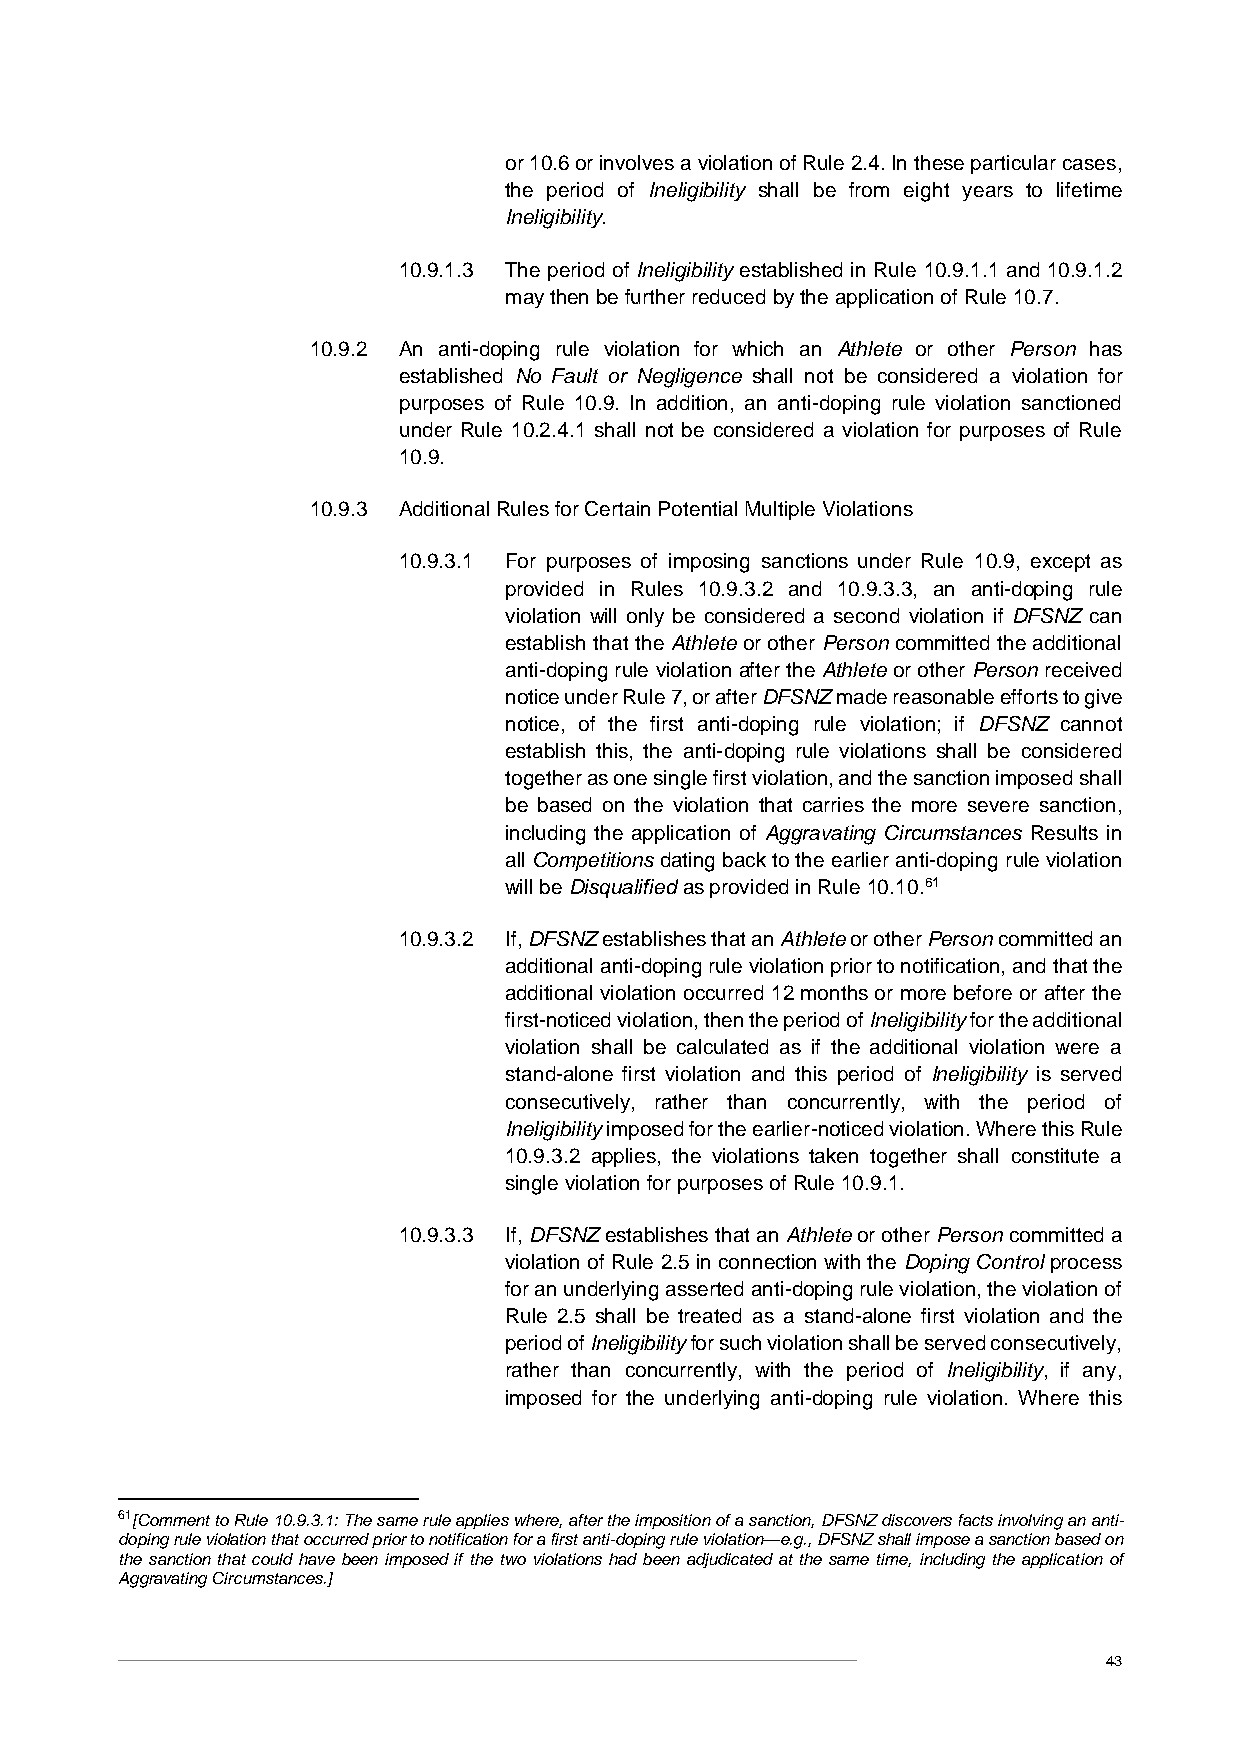
or 10.6 or involves a violation of Rule 2.4. In these particular cases,
 the period of Ineligibility shall be from eight years to lifetime
 Ineligibility.
 10.9.1.3 The period of Ineligibility established in Rule 10.9.1.1 and 10.9.1.2
 may then be further reduced by the application of Rule 10.7.
 10.9.2 An anti-doping rule violation for which an Athlete or other Person has
 established No Fault or Negligence shall not be considered a violation for
 purposes of Rule 10.9. In addition, an anti-doping rule violation sanctioned
 under Rule 10.2.4.1 shall not be considered a violation for purposes of Rule
 10.9.
 10.9.3 Additional Rules for Certain Potential Multiple Violations
 10.9.3.1 For purposes of imposing sanctions under Rule 10.9, except as
 provided in Rules 10.9.3.2 and 10.9.3.3, an anti-doping rule
 violation will only be considered a second violation if DFSNZ can
 establish that the Athlete or other Person committed the additional
 anti-doping rule violation after the Athlete or other Person received
 notice under Rule 7, or after DFSNZ made reasonable efforts to give
 notice, of the first anti-doping rule violation; if DFSNZ cannot
 establish this, the anti-doping rule violations shall be considered
 together as one single first violation, and the sanction imposed shall
 be based on the violation that carries the more severe sanction,
 including the application of Aggravating Circumstances Results in
 all Competitions dating back to the earlier anti-doping rule violation
 will be Disqualified as provided in Rule 10.10.61
 10.9.3.2 If, DFSNZ establishes that an Athlete or other Person committed an
 additional anti-doping rule violation prior to notification, and that the
 additional violation occurred 12 months or more before or after the
 first-noticed violation, then the period of Ineligibility for the additional
 violation shall be calculated as if the additional violation were a
 stand-alone first violation and this period of Ineligibility is served
 consecutively, rather than concurrently, with the period of
 Ineligibility imposed for the earlier-noticed violation. Where this Rule
 10.9.3.2 applies, the violations taken together shall constitute a
 single violation for purposes of Rule 10.9.1.
 10.9.3.3 If, DFSNZ establishes that an Athlete or other Person committed a
 violation of Rule 2.5 in connection with the Doping Control process
 for an underlying asserted anti-doping rule violation, the violation of
 Rule 2.5 shall be treated as a stand-alone first violation and the
 period of Ineligibility for such violation shall be served consecutively,
 rather than concurrently, with the period of Ineligibility, if any,
 imposed for the underlying anti-doping rule violation. Where this
 61[Comment to Rule 10.9.3.1: The same rule applies where, after the imposition of a sanction, DFSNZ discovers facts involving an anti-
 doping rule violation that occurred prior to notification for a first anti-doping rule violation—e.g., DFSNZ shall impose a sanction based on
 the sanction that could have been imposed if the two violations had been adjudicated at the same time, including the application of
 Aggravating Circumstances.]
 43